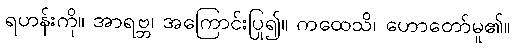
ရဟန်းကို။ အာရဗ္ဘ၊ အကြောင်းပြု၍။ ကထေသိ၊ ဟောတော်မူ၏။